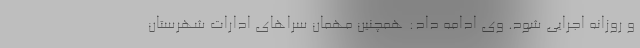
و روزانه اجرایی شود. وی ادامه داد: همچنین مهمان سراهای ادارات شهرستان